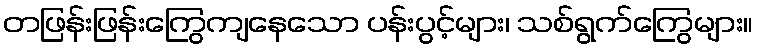
တဖြန်းဖြန်းကြွေကျနေသော ပန်းပွင့်များ၊ သစ်ရွက်ကြွေများ။